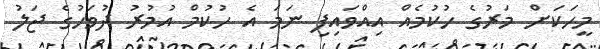
މީހަކަށް މަރުގެ ހުކުމެއް އިއްވައިފި ނަމަ އެ ހުކުމް އުމުރު ދުވަހުގެ ޖަލު